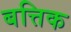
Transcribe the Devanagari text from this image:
बत्तिक